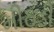
મીઠડી